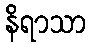
နိရာသာ